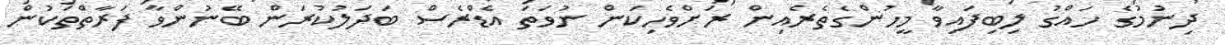
ދިނުމުގެ ހައްގު ލިބިފައިވާ މީހުންގެތެރެއިން ރަށްވެހިކަން ނުވަތަ އެޑްރެސް ބަދަލުކުރަން ބޭނުންވާ ފަރާތްތަކުން